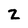
Character: z